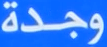
وجدة